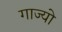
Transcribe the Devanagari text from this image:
गाज्यो